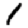
Digit: 1